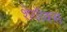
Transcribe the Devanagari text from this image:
शेवॉक्स